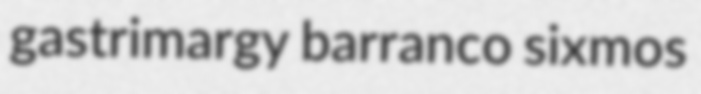
gastrimargy barranco sixmos